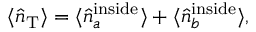
\begin{array} { r } { \langle \hat { n } _ { \mathrm { { T } } } \rangle = \langle \hat { n } _ { a } ^ { \mathrm { { i n s i d e } } } \rangle + \langle \hat { n } _ { b } ^ { \mathrm { { i n s i d e } } } \rangle , } \end{array}